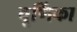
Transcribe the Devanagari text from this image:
चूर्णिका